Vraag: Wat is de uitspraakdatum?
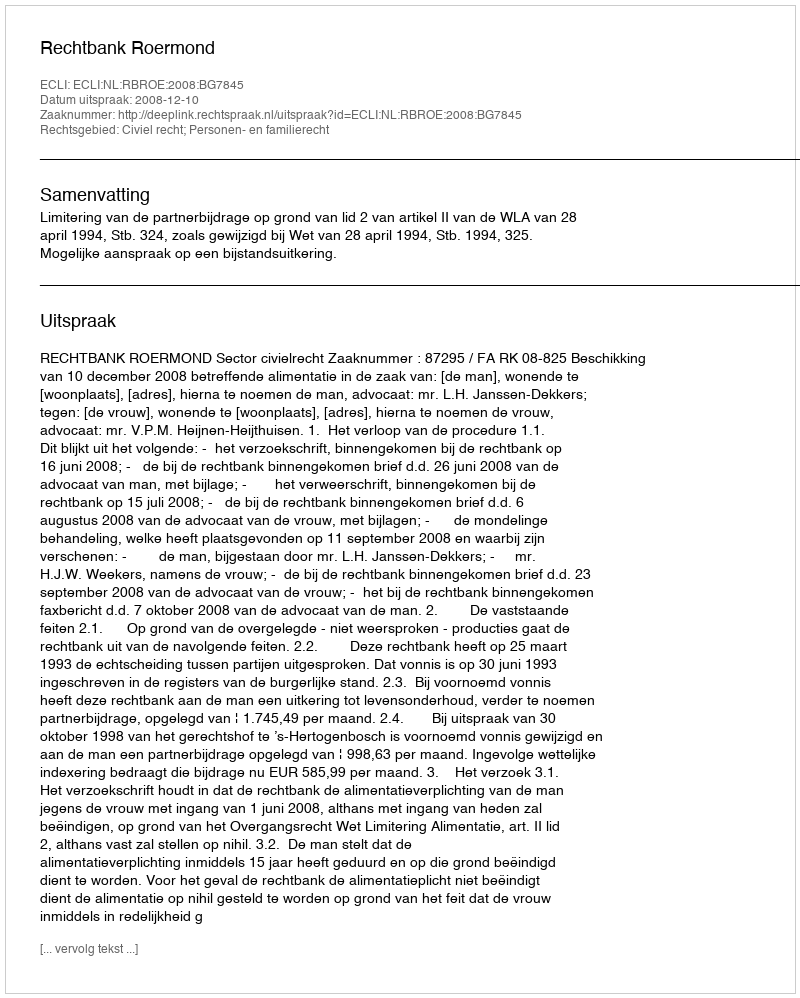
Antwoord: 2008-12-10